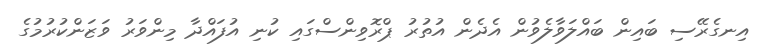
އިނގެރޭސި ބައިން ބައްލަވާލެވުން އެދެން އުތުރު ޕްރޮވިންސްގައި ކުނި އުފައްދާ މިންވަރު ވަޒަންކުރުމުގެ